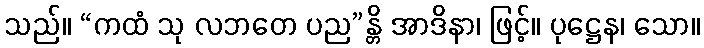
သည်။ “ကထံ သု လဘတေ ပည”န္တိ အာဒိနာ၊ ဖြင့်။ ပုဋ္ဌေန၊ သော။